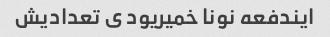
ایندفعه نونا خمیریود ی تعدادیش